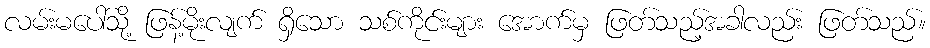
လမ်းမပေါ်သို့ ဖြန့်မိုးလျက် ရှိသော သစ်ကိုင်းများ အောက်မှ ဖြတ်သည့်အခါလည်း ဖြတ်သည်။